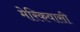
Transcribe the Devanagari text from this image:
मेरिकवासी